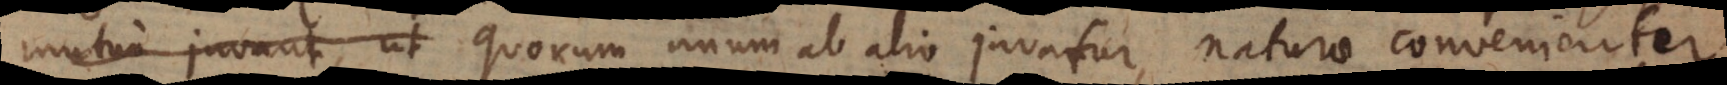
mutuo juvant, ut quorum unum ab alio juvatur, naturae convenienter